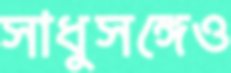
সাধুসঙ্গেও